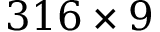
3 1 6 \times 9